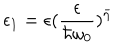
LaTeX: \epsilon _ { 1 } = \epsilon ( \frac { \epsilon } { \hbar \omega _ { 0 } } ) ^ { \bar { \eta } }